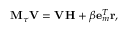
\mathbf { M } _ { \tau } \mathbf { V } = \mathbf { V H } + \beta \mathbf { e } _ { m } ^ { T } \mathbf { r } ,